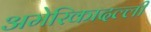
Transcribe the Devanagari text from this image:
अमेरिकादल्ली